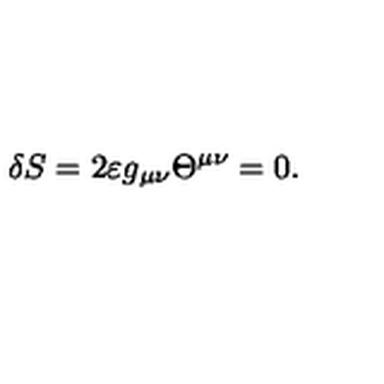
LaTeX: \delta S = 2 \varepsilon g _ { \mu \nu } \Theta ^ { \mu \nu } = 0 .